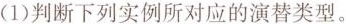
(1)判断下列实例所对应的演替类型。